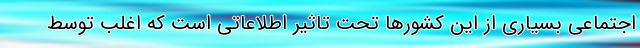
اجتماعی بسیاری از این کشورها تحت تاثیر اطلاعاتی است که اغلب توسط